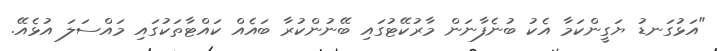
"އަޅުގަނޑު ޔަގީންކަމާ އެކު ބުނެފާނަން މާރުކޭޓުގައި ބޭނުންކުރާ ބައެއް ކައްޓާތަކުގައި މައްސަލަ އުޅެއޭ.